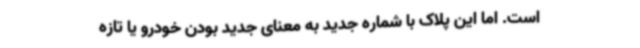
است. اما این پلاک با شماره جدید به معنای جدید بودن خودرو یا تازه